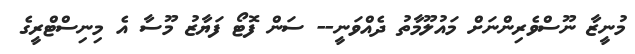
މުނީޒާ ނޫސްވެރިންނަށް މައުލޫމާތު ދެއްވަނީ-- ސަން ފޮޓޯ ފަޔާޒު މޫސާ އެ މިނިސްޓްރީގެ